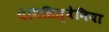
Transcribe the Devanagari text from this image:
पेनिसिल्‍वेनिया